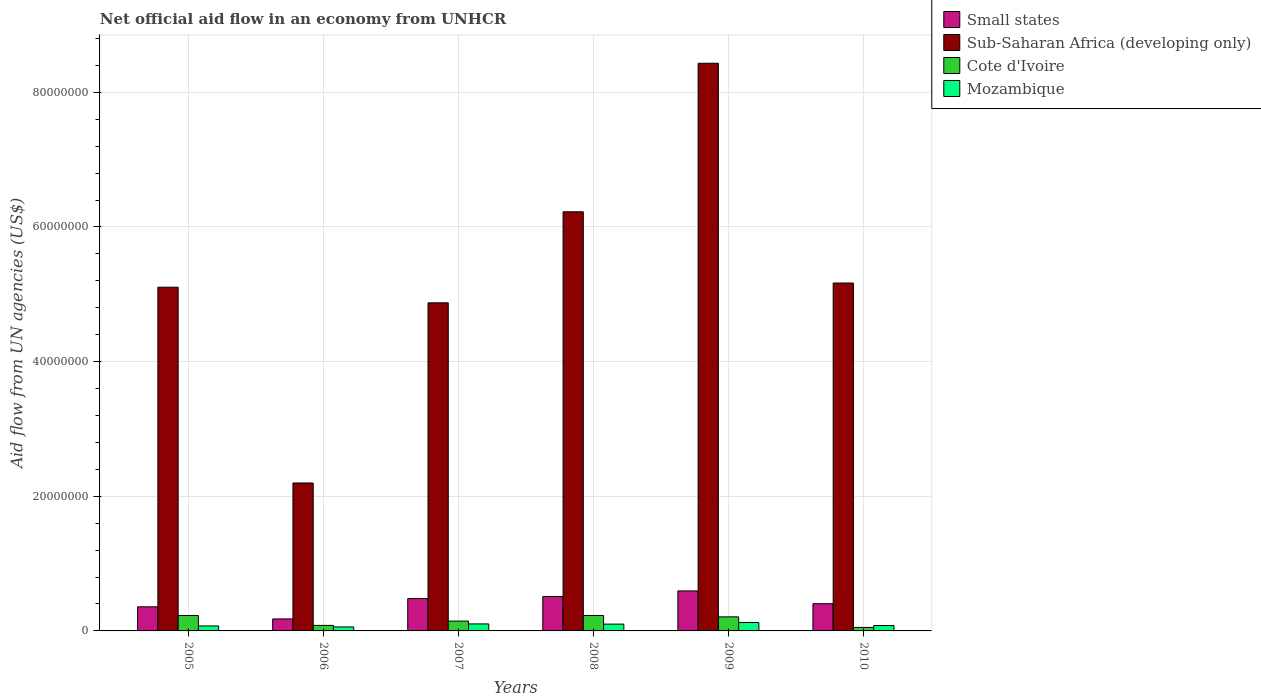
| Years | Small states | Sub-Saharan Africa (developing only) | Cote d'Ivoire | Mozambique |
 | --- | --- | --- | --- | --- |
 | 2005 | 3.58e+06 | 5.10e+07 | 2.29e+06 | 7.4e+05 |
 | 2006 | 1.78e+06 | 2.2e+07 | 8.2e+05 | 5.9e+05 |
 | 2007 | 4.8e+06 | 4.87e+07 | 1.46e+06 | 1.04e+06 |
 | 2008 | 5.11e+06 | 6.22e+07 | 2.29e+06 | 1.01e+06 |
 | 2009 | 5.94e+06 | 8.43e+07 | 2.09e+06 | 1.25e+06 |
 | 2010 | 4.04e+06 | 5.17e+07 | 5.2e+05 | 8e+05 |